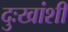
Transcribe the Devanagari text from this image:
दुःखांशी